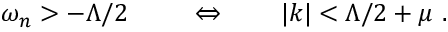
\omega _ { n } > - \Lambda / 2 \ \qquad \Leftrightarrow \qquad | k | < \Lambda / 2 + \mu \ .